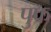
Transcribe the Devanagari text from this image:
पुफ